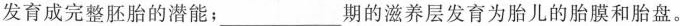
发育成完整胚胎的潜能；___期的滋养层发育为胎儿的胎膜和胎盘。